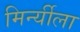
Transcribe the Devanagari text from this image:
मिर्न्यीला